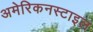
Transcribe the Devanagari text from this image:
अमेरिकनस्टाइल